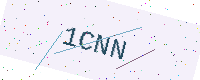
Text: 1CNN